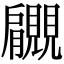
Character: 𧢞